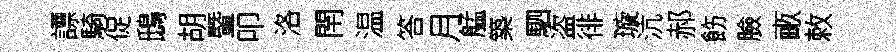
謤騎促鴟胡暨叩洛閈温答月艋築駟盗徘璇沆郝飭臉畞敕